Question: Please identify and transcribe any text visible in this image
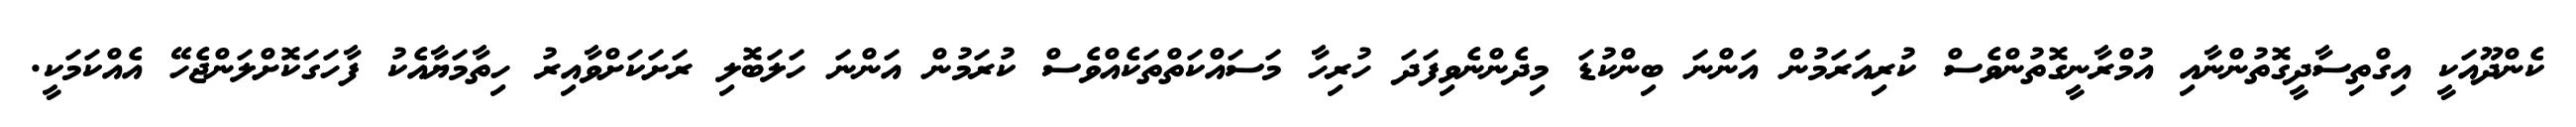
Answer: ކެންދޫއަކީ އިގްތިސާދީގޮތުންނާއި އުމްރާނީގޮތުންވެސް ކުރިއަރަމުން އަންނަ ބިންކުޑަ މިދެންނެވިފަދަ ހުރިހާ މަސައްކަތްތަކެއްވެސް ކުރަމުން އަންނަ ހަލަބޮލި ރަށަކަށްވާއިރު ހިތާމަޔާއެކު ފާހަގަކޮށްލަންޖެހޭ އެއްކަމަކީ.